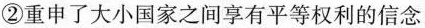
②重申了大小国家之间享有平等权利的信念